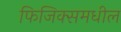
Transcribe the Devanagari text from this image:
फिजिक्समधील